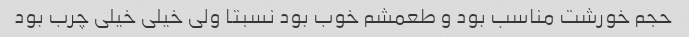
حجم خورشت مناسب بود و طعمشم خوب بود نسبتا ولی خیلی خیلی چرب بود